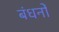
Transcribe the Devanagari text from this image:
बंधनोँ